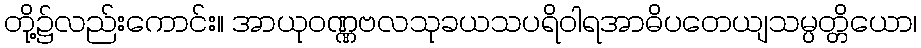
တို့၌လည်းကောင်း။ အာယုဝဏ္ဏဗလသုခယသပရိဝါရအာဓိပတေယျသမ္ပတ္တိယော၊